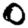
Digit: 0